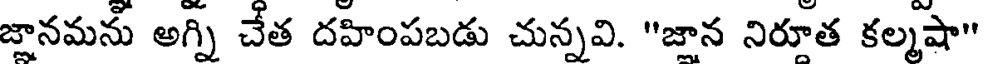
జానమను అగ్ని చేత దహింపబడు చున్నవి. "జాన నిరూత కల్మషా"